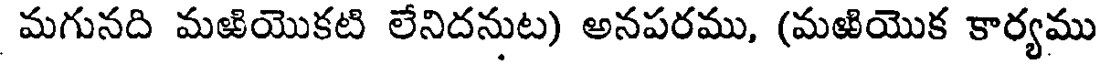
మగునది మఱియొకటి లేనిదనుట) అనపరము, (మఱియొక కార్యము